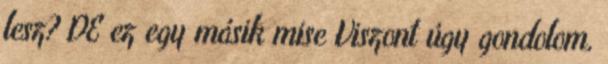
lesz? DE ez egy másik mise Viszont úgy gondolom,